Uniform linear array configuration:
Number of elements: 32
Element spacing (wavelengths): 0.5
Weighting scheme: uniform
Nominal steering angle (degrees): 30
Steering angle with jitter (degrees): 31.726
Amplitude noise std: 0.05
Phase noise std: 0.05

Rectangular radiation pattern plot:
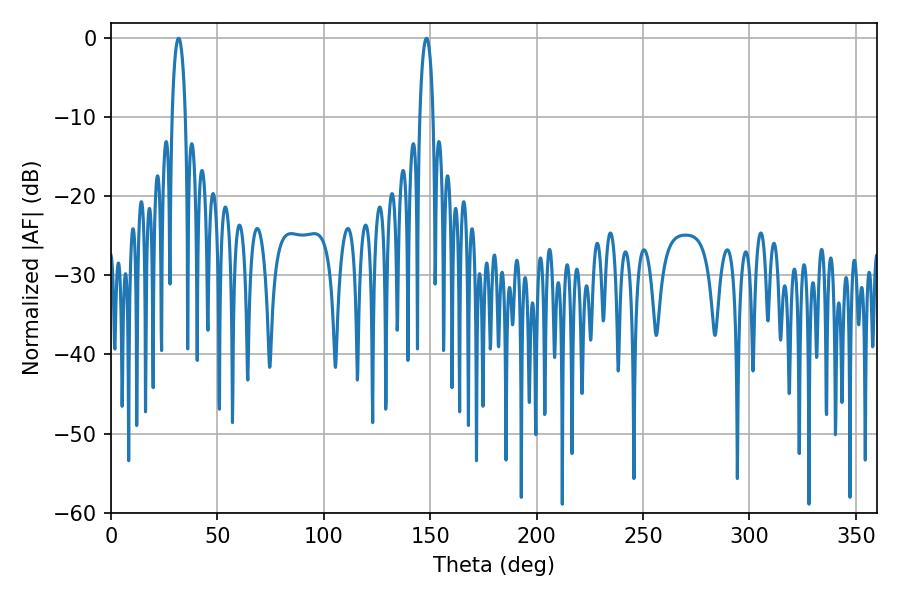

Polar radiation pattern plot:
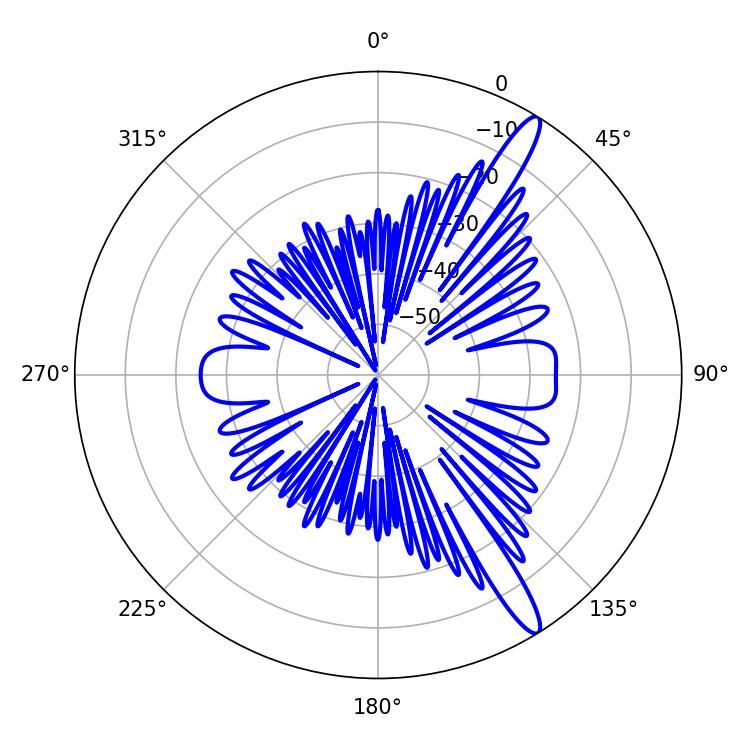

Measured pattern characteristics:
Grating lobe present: FALSE
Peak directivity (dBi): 14.16
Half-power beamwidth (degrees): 3.42
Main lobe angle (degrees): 31.68